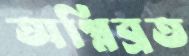
অগ্নিব্রত